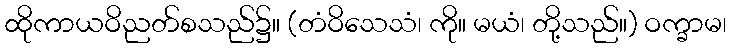
ထိုကာယဝိညတ်စသည်၌။ (တံဝိသေသံ၊ ကို။ မယံ၊ တို့သည်။) ဝက္ခာမ၊